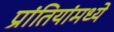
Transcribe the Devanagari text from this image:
प्रांतियांमध्ये